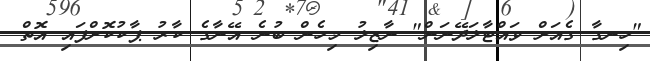
"ހިނގާ ގެއަށް ވައްޓާލަދޭނަން" ނާޒިލު މިހެން ބުނެ އޭނާގެ ކާރު ޕާކުކޮށްފައި އޮތް